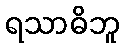
ရသာဓိဘူ